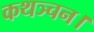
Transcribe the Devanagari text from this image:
कथञ्चन।